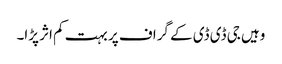
وہیں جی ڈی ڈی کے گراف پر بہت کم اثر پڑا۔